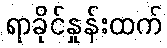
ရာခိုင်နှုန်းထက်